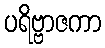
ပရိဗ္ဗာဇကာ